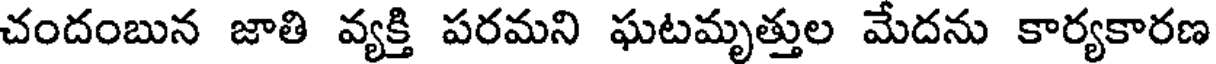
చందంబున జాతి వ్యక్తి పరమని ఘటమృత్తుల మేదను కార్యకారణ